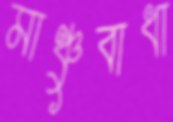
মাঞ্চুবাধা